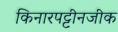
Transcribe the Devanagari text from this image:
किनारपट्टीनजीक